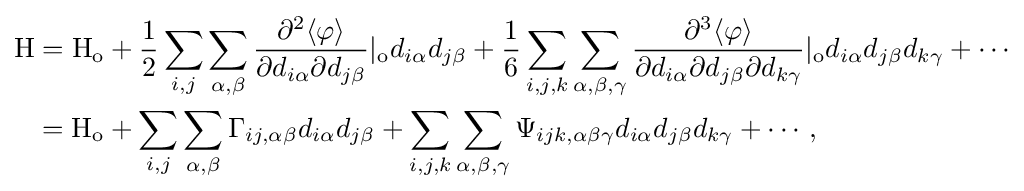
{\begin{aligned}\mathrm {H} &=\mathrm {H_{o}} +{\frac {1}{2}}\sum _{i,j}\sum _{\alpha ,\beta }{\frac {\partial ^{2}\langle \varphi \rangle }{\partial d_{i\alpha }\partial d_{j\beta }}}|_{\mathrm {o} }d_{i\alpha }d_{j\beta }+{\frac {1}{6}}\sum _{i,j,k}\sum _{\alpha ,\beta ,\gamma }{\frac {\partial ^{3}\langle \varphi \rangle }{\partial d_{i\alpha }\partial d_{j\beta }\partial d_{k\gamma }}}|_{\mathrm {o} }d_{i\alpha }d_{j\beta }d_{k\gamma }+\cdots \\&=\mathrm {H_{o}} +\sum _{i,j}\sum _{\alpha ,\beta }\Gamma _{ij,\alpha \beta }d_{i\alpha }d_{j\beta }+\sum _{i,j,k}\sum _{\alpha ,\beta ,\gamma }\Psi _{ijk,\alpha \beta \gamma }d_{i\alpha }d_{j\beta }d_{k\gamma }+\cdots ,\end{aligned}}